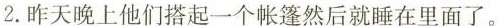
2.昨天晚上他们搭起一个帐篷然后就睡在里面了。